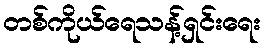
တစ်ကိုယ်ရေသန့်ရှင်းရေး